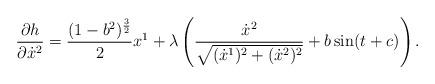
LaTeX: \begin{align*}\frac{\partial h}{\partial \dot{x}^{2}}=\frac{(1-b^2)^{\frac{3}{2}}}{2}x^{1}+\lambda\left( \frac{\dot{x}^{2}}{\sqrt{(\dot{x}^{1})^{2}+(\dot{x}^{2})^{2}}}+b\sin (t+c)\right).\end{align*}